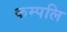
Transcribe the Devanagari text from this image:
कम्पलि